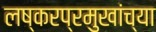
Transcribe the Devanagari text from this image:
लष्करप्रमुखांच्या